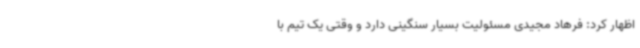
اظهار کرد: فرهاد مجیدی مسئولیت بسیار سنگینی دارد و وقتی یک تیم با